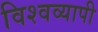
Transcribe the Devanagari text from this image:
विश्‍वव्‍यापी